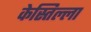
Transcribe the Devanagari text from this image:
केस्तिल्ला